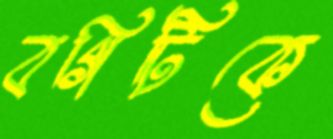
বগিটিকে